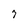
Character: 7